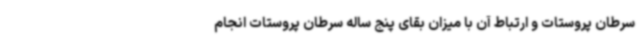
سرطان پروستات و ارتباط آن با میزان بقای پنج ساله سرطان پروستات انجام